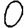
Digit: 0